Insane asylums in Bengal annual reports 1867-1875 - 1867-1875
Year: 1867
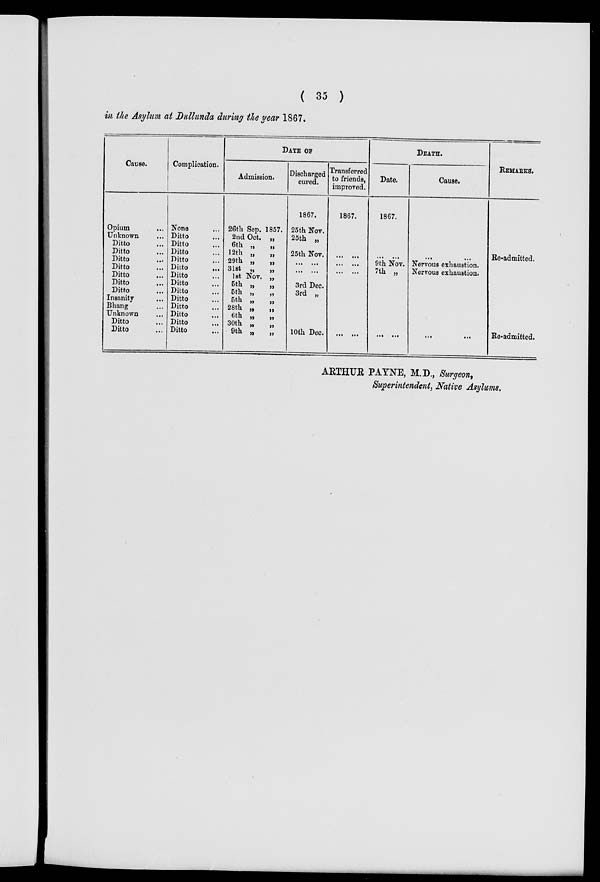
( 35 )
in the Asylum, at Dullunda during the year 1867.
Cause.
Opium ...
Unknown ...
Ditto ...
Ditto ...
Ditto ...
Ditto ...
Ditto ...
Ditto ...
Ditto ...
Insanity ...
Bhang ...
Unknown ...
Ditto ...
Ditto ...
Complication.
None ...
Ditto ...
Ditto ...
Ditto ...
Ditto ...
Ditto ...
Ditto ...
Ditto ...
Ditto ...
Ditto ...
Ditto ...
Ditto ...
Ditto ...
Ditto ...
DATE OF
Admission.
26th Sep.1857.
2nd Oct.„
6th „
„
12th „
„
29th „
„
31st „
„
1st Nov. „
5th „
„
5th „
„
5th „
„
28th „
„
6th „
„
30th „
„
9th „
„
Discharged
cured.
1867.
25th Nov.
25th „
25th Nov.
... ...
... ...
3rd Dec.
3rd „
10th Dec.
Transferred
to friends,
improved.
1867.
...
...
... ...
... ...
... ...
DEATH.
Date.
1867.
...
...
9th Nov.
7th „
... ...
Cause.
...
...
Nervous exhaustion.
Nervous exhaustion.
...
...
REMAKES.
Re-admitted.
Re-admitted.
ARTHUR PAYNE, M.D., Surgeon,
Superintendent, Native Asylums.